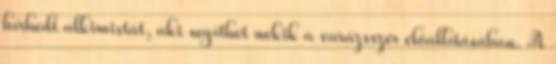
hírhedt alkimistát, aki segíthet nekik a varázsszer előállításában. A